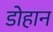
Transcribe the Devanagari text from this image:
डोहान